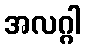
အလဂ္ဂါ